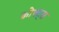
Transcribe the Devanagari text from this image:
क्रोफ्ट्स